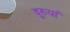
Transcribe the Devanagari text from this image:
दूरुयां